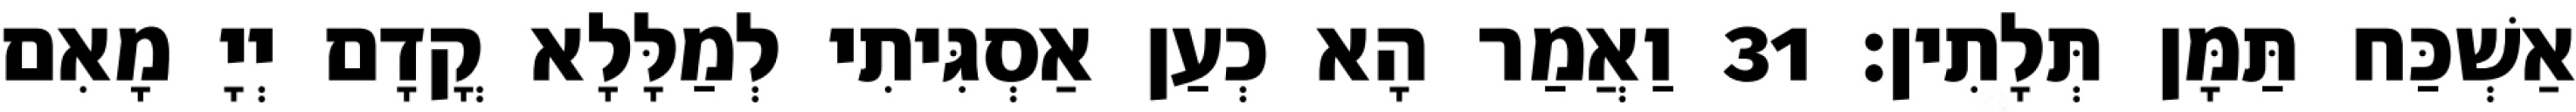
אַשְׁכַּח תַּמָּן תְּלָתִין׃ 31 וַאֲמַר הָא כְעַן אַסְגִּיתִי לְמַלָּלָא קֳדָם יְיָ מָאִם